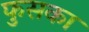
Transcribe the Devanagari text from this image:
फुसका